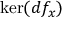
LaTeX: \ker ( d f _ { x } )